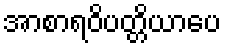
အာစာရဝိပတ္တိယာပေ